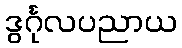
ဒွင်္ဂုလပညာယ